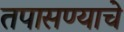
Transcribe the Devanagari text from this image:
तपासण्याचे